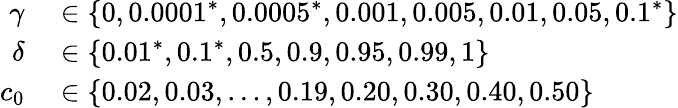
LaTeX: \begin{array}{rl}{\gamma}&{{}\in\{ 0,0.0001^{*},0.0005^{*},0.001,0.005,0.01,0.05,0.1^{*}\} }\\ {\delta}&{{}\in\{ 0.01^{*},0.1^{*},0.5,0.9,0.95,0.99,1\} }\\ {c_{0}}&{{}\in\{ 0.02,0.03,\dots,0.19,0.20,0.30,0.40,0.50\} }\end{array}